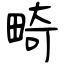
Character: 畸